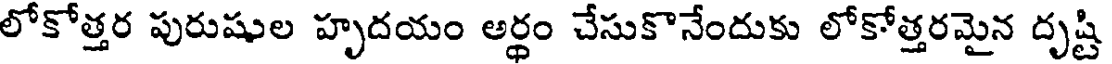
లోకోత్తర పురుషుల హృదయం అర్ధం చేసుకొనేందుకు లోకోత్తరమైన దృష్టి